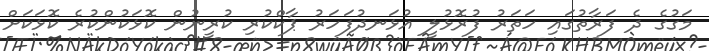
މަގުގެ ދެ ފަރާތުގައި ހަތަރު ފުރޮޅުލީ އުޅަނދުފަހަރު ޕާކްކުރި ކުރީނުން ކޮޅަކުންކުރެ ކޮޅަކަށް